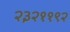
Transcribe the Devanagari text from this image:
२३२११९२